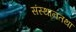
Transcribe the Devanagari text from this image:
संस्थानतथा